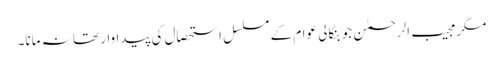
مگر مجیب الرحمٰن جو بنگالی عوام کے مسلسل استحصال کی پیداوار تھا نہ مانا۔